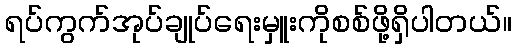
ရပ်ကွက်အုပ်ချုပ်ရေးမှူးကိုစစ်ဖို့ရှိပါတယ်။